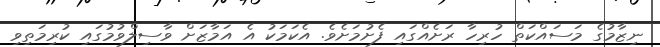
ނިޒާމުގެ މަސައްކަތް ހުރިހާ ރަށެއްގައި ފެށުމަށެވެ. އެކަމަކު އެ އަމާޒަށް ވާސިލްވުމުގައި ކުރިމަތިވި